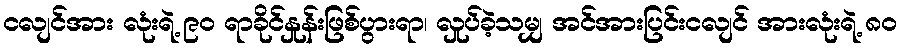
ငလျင်အား လုံးရဲ့ ၉ဝ ရာခိုင်နှုန်းဖြစ်ပွားရာ၊ လှုပ်ခဲ့သမျှ အင်အားပြင်းငလျင် အားလုံးရဲ့ ၈ဝ